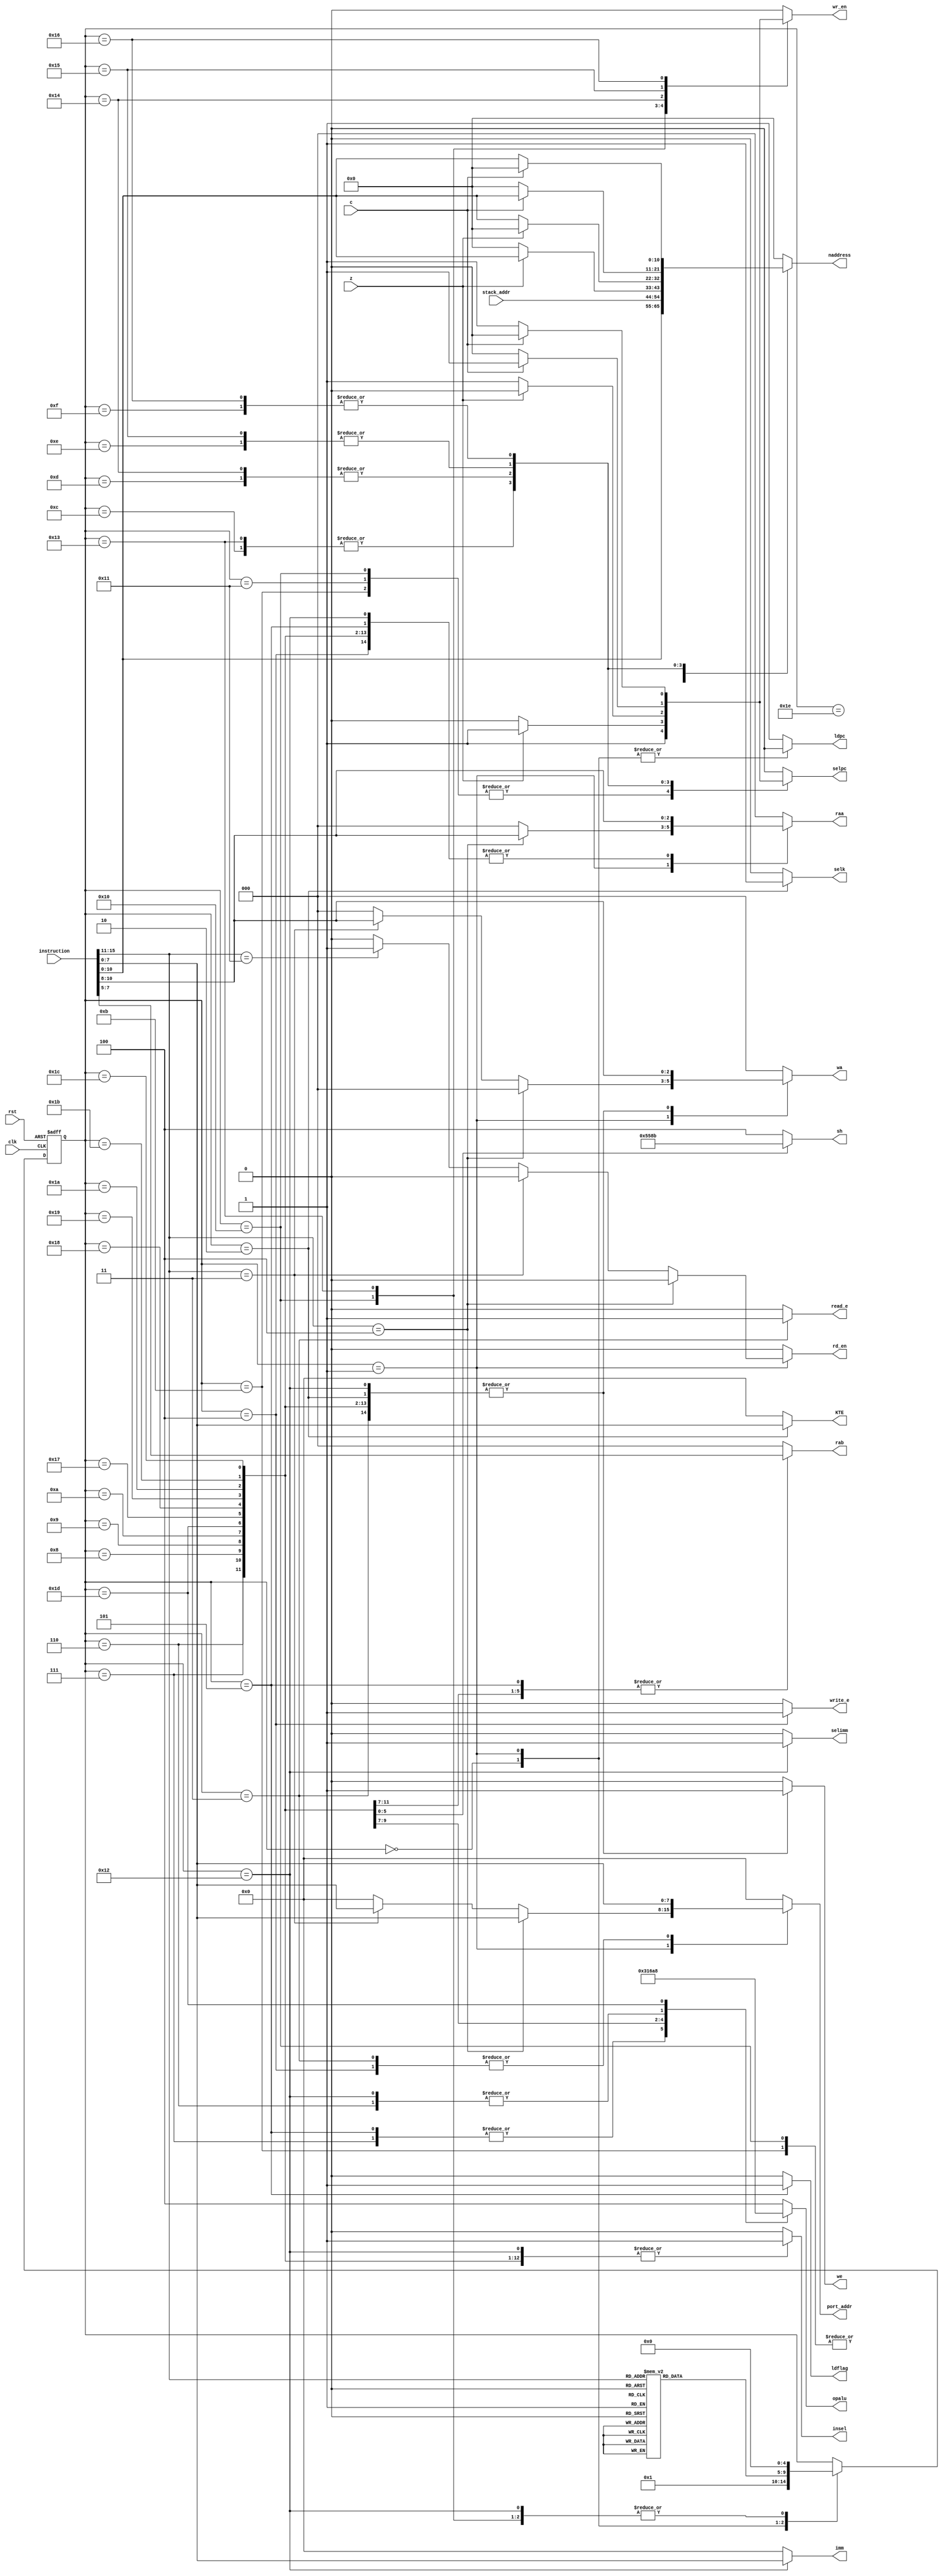
`timescale 1ns / 1ps
//////////////////////////////////////////////////////////////////////////////////
// Company:       Universidad Pontificia Bolivariana
// 
// Design Name: 
// Module Name:    control_unit 
// Project Name: 
// Target Devices: 
// Tool versions: 
// Description: 
//
// Dependencies: 
//
// Revision: 
// Revision 0.01 - File Created
// Additional Comments: 
//
//////////////////////////////////////////////////////////////////////////////////
module control_unit(
    input clk,
    input rst,
    input [15:0] instruction,
    input z,
    input c,
    output reg [7:0] port_addr,
    output reg write_e,
    output reg read_e,
    output reg insel,
    output reg we,
    output reg [2:0] raa,
    output reg [2:0] rab,
    output reg [2:0] wa,
    output reg [2:0] opalu,
    output reg [2:0] sh,
    output reg selpc,
    output reg ldpc,
    output reg ldflag,
    output reg [10:0] naddress,
    output reg selk,
    output reg [7:0] KTE,
	 input [10:0] stack_addr,
	 output reg wr_en, rd_en,
	 output reg [7:0] imm,
	 output reg selimm
    );


parameter fetch=	5'd0;
parameter decode=	5'd1;

parameter ldi=		5'd2;
parameter ldm=		5'd3;
parameter stm=		5'd4;
parameter cmp=		5'd5;
parameter add=		5'd6;
parameter sub=		5'd7;
parameter andi=	5'd8;
parameter oor=		5'd9;
parameter xori=	5'd10;
parameter jmp=		5'd11;
parameter jpz=		5'd12;
parameter jnz=		5'd13;
parameter jpc=		5'd14;
parameter jnc=		5'd15;
parameter csr=		5'd16;
parameter ret=		5'd17;

parameter adi=		5'd18;
parameter csz=		5'd19;
parameter cnz=		5'd20;
parameter csc=		5'd21;
parameter cnc=		5'd22;
parameter sl0=		5'd23;
parameter sl1=		5'd24;
parameter sr0=		5'd25;
parameter sr1=		5'd26;
parameter rrl=		5'd27;
parameter rrr=		5'd28;
parameter noti=	5'd29;

parameter nop=		5'd30;

wire [4:0] opcode;
reg [4:0] state;

assign opcode=instruction[15:11];

always@(posedge clk or posedge rst)
	if (rst)
		state<=decode;
	else
		case (state)
			fetch: state<=decode;
			
			decode: case (opcode)
							2: 	state<=ldi;
							3:		state<=ldm;
							4:		state<=stm; 
							5:		state<=cmp;
							6:		state<=add;
							7:		state<=sub;
							8:		state<=andi;
							9:		state<=oor;
							10:	state<=xori;
							11:	state<=jmp;
							12:	state<=jpz;
							13:	state<=jnz;
							14:	state<=jpc;
							15:	state<=jnc;
							16:	state<=csr;
							17:	state<=ret;
							18:	state<=adi;
							19:	state<=csz;
							20:	state<=cnz;
							21:	state<=csc;
							22:	state<=cnc;
							23:	state<=sl0;
							24:	state<=sl1;
							25:	state<=sr0;
							26:	state<=sr1;
							27:	state<=rrl;
							28:	state<=rrr;
							29:	state<=noti;
							default:	state<=nop;
						endcase
			
			ldi:	state<=fetch;
					
			ldm:	state<=fetch;
					
			stm:	state<=fetch;
					
			cmp:	state<=fetch;
					
			add:	state<=fetch;
					
			sub:	state<=fetch;
					
			andi:	state<=fetch;
					
			oor:	state<=fetch;
					
			xori:	state<=fetch;
							
			jmp:	state<=fetch;
						
			jpz: 	state<=fetch;
			
			jnz: 	state<=fetch;
			
			jpc: 	state<=fetch;
			
			jnc: 	state<=fetch;
			
			csr: 	state<=fetch;
			
			ret: 	state<=fetch;
			
			adi:	state<=fetch;
			
			csz:	state<=fetch;
			
			cnz:	state<=fetch;
			
			csc:	state<=fetch;
			
			cnc:	state<=fetch;
			
			sl0:	state<=fetch;
			
			sl1:	state<=fetch;
			
			sr0:	state<=fetch;
			
			sr1:	state<=fetch;
			
			rrl:	state<=fetch;
			
			rrr:	state<=fetch;
			
			noti:	state<=fetch;
						
			nop: 	state<=fetch;
			endcase
	


always@(*)
	begin
		port_addr<=0;
		write_e<=0;
		read_e<=0;
		insel<=0;
		we<=0;
		raa<=0;
		rab<=0;
		wa<=0;
		opalu<=4;
		sh<=4;
		selpc<=0;
		ldpc<=1;
		ldflag<=0;
		naddress<=0;
		selk<=0;
		KTE<=0;
		wr_en<=0;
		rd_en<=0;
		imm<=0;
		selimm<=0;
		
		case (state)
			fetch: ldpc<=0;
					
			decode:  begin
							ldpc<=0;
							if (opcode==stm)
								begin
									raa<=instruction[10:8];
									port_addr<=instruction[7:0];
								end
							else if (opcode==ldm)
								begin
									wa<=instruction[10:8];
									port_addr<=instruction[7:0];
								end
							else if (opcode==ret)
								begin
									rd_en<=1;
								end
						end
				
			ldi:	begin
						selk<=1;
						KTE<=instruction[7:0];
						we<=1;
						wa<=instruction[10:8];
					end
					
			ldm:	begin
						wa<=instruction[10:8];
						we<=1;
						read_e<=1;
						port_addr<=instruction[7:0];
					end
					
			stm:	begin
						raa<=instruction[10:8];
						write_e<=1;
						port_addr<=instruction[7:0];
					end
					
			cmp:	begin
						ldflag<=1;
						raa<=instruction[10:8];
						rab<=instruction[7:5];
						opalu<=6;
					end
					
			add:	begin
						raa<=instruction[10:8];
						rab<=instruction[7:5];
						wa<=instruction[10:8];
						insel<=1;
						opalu<=5;
						we<=1;
					end
					
			sub:	begin
						raa<=instruction[10:8];
						rab<=instruction[7:5];
						wa<=instruction[10:8];
						insel<=1;
						opalu<=6;
						we<=1;
					end
					
			andi:	begin
						raa<=instruction[10:8];
						rab<=instruction[7:5];
						wa<=instruction[10:8];
						insel<=1;
						opalu<=1;
						we<=1;
					end
					
			oor:	begin
						raa<=instruction[10:8];
						rab<=instruction[7:5];
						wa<=instruction[10:8];
						insel<=1;
						opalu<=3;
						we<=1;
					end
					
			xori:	begin
						raa<=instruction[10:8];
						rab<=instruction[7:5];
						wa<=instruction[10:8];
						insel<=1;
						opalu<=2;
						we<=1;
					end
					
			jmp:	begin
						naddress<=instruction[10:0];
						selpc<=1;
						ldpc<=1;
					end
					
			jpz:		if (z)
						begin
							naddress<=instruction[10:0];
							selpc<=1;
							ldpc<=1;
						end
										
			jnz:		if (!z)
							begin
								naddress<=instruction[10:0];
								selpc<=1;
								ldpc<=1;
							end
						
					
			jpc:	if (c)
							begin
								naddress<=instruction[10:0];
								selpc<=1;
								ldpc<=1;
							end
						
					
			jnc:	if (!c)
							begin
								naddress<=instruction[10:0];
								selpc<=1;
								ldpc<=1;
							end
							
			csr:	begin
						naddress<=instruction[10:0];
						selpc<=1;
						ldpc<=1;
						wr_en<=1;
					end
					
			ret:	begin
						naddress<=stack_addr;
						selpc<=1;
						ldpc<=1;
					end
					
			adi:	begin
						raa<=instruction[10:8];
						wa<=instruction[10:8];
						imm<=instruction[7:0];
						selimm<=1;
						insel<=1;
						opalu<=5;
						we<=1;
					end	
					
			csz:	if (z)
						begin
							naddress<=instruction[10:0];
							selpc<=1;
							ldpc<=1;
							wr_en<=1;
						end
						
			cnz:	if (!z)
						begin
							naddress<=instruction[10:0];
							selpc<=1;
							ldpc<=1;
							wr_en<=1;
						end
						
			csc:	if (c)
						begin
							naddress<=instruction[10:0];
							selpc<=1;
							ldpc<=1;
							wr_en<=1;
						end
						
			cnc:	if (!c)
						begin
							naddress<=instruction[10:0];
							selpc<=1;
							ldpc<=1;
							wr_en<=1;
						end
			
			sl0:	begin	
						raa<=instruction[10:8];
						wa<=instruction[10:8];
						insel<=1;
						sh<=0;
						we<=1;
					end
					
			sl1:	begin	
						raa<=instruction[10:8];
						wa<=instruction[10:8];
						insel<=1;
						sh<=5;
						we<=1;
					end
					
			sr0:	begin	
						raa<=instruction[10:8];
						wa<=instruction[10:8];
						insel<=1;
						sh<=2;
						we<=1;
					end
					
			sr1:	begin	
						raa<=instruction[10:8];
						wa<=instruction[10:8];
						insel<=1;
						sh<=6;
						we<=1;
					end	

			rrl:	begin	
						raa<=instruction[10:8];
						wa<=instruction[10:8];
						insel<=1;
						sh<=1;
						we<=1;
					end						
					
			rrr:	begin	
						raa<=instruction[10:8];
						wa<=instruction[10:8];
						insel<=1;
						sh<=3;
						we<=1;
					end
					
			noti:	begin
						raa<=instruction[10:8];
						wa<=instruction[10:8];
						insel<=1;
						opalu<=0;
						we<=1;
					end

			nop:	opalu<=4;
						
		endcase
	end
			

endmodule